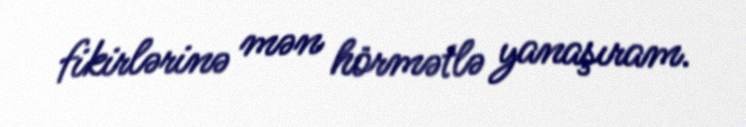
fikirlərinə mən hörmətlə yanaşıram.